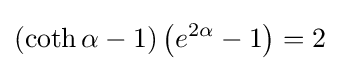
(\coth \alpha -1)\left(e^{2\alpha }-1\right)=2